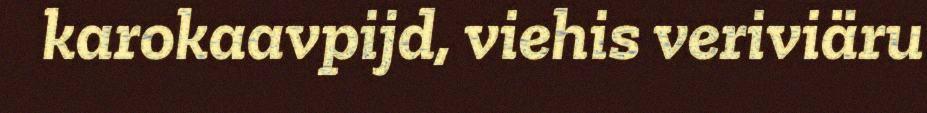
karokaavpijd, viehis veriviäru